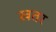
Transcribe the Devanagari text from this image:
ख़तर